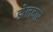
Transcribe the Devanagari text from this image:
डोलदार